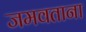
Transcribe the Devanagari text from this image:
जमवताना